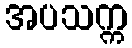
အပသက္က